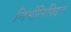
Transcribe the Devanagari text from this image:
निर्मलिखित